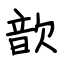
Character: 歆